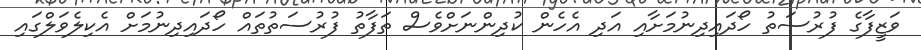
ވަޒީފާގެ ފުރުސަތު ހޯދައިދިނުމަށާއި އަދި އެހެން ކުދިންނަށްވެސް ތަފާތު ފުރުސަތުތައް ހޯދައިދިނުމަށް އެކިލެވަލްގައި